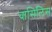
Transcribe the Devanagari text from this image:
वासिलिस